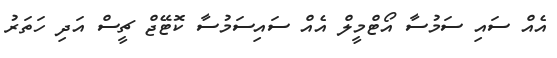
އެއް ސައި ސަމުސާ އޯޓްމީލް އެއް ސައިސަމުސާ ކޮޓޭޖް ޗީސް އަދި ހަތަރު